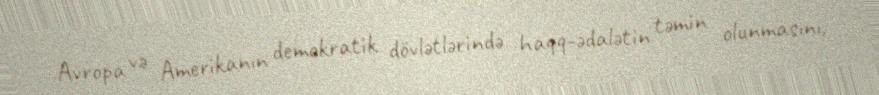
Avropa və Amerikanın demokratik dövlətlərində haqq-ədalətin təmin olunmasını,